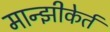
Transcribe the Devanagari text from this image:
मान्झीकेर्त